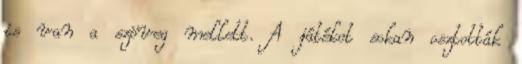
is van a szöveg mellett. A játékot sokan osztották